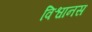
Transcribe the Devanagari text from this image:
विश्वानस